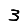
Digit: 3